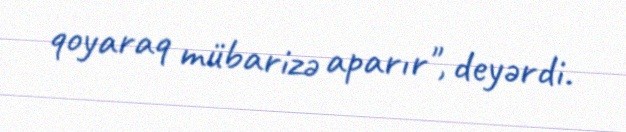
qoyaraq mübarizə aparır", deyərdi.